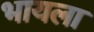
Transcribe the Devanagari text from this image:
भायला